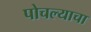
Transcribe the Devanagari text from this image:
पोचल्याचा